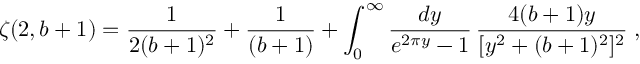
\zeta ( 2 , b + 1 ) = \frac { 1 } { 2 ( b + 1 ) ^ { 2 } } + \frac { 1 } { ( b + 1 ) } + \int _ { 0 } ^ { \infty } \frac { d y } { e ^ { 2 \pi y } - 1 } \, \frac { 4 ( b + 1 ) y } { [ y ^ { 2 } + ( b + 1 ) ^ { 2 } ] ^ { 2 } } \; ,